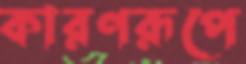
কারণরূপে